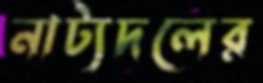
নাট্যদলের